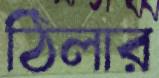
ঠিলার